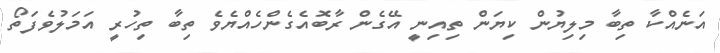
އަނެއްކާ ތިބާ މިލިޔުން ކިޔަން ތިއިނީ އޭގެން ރާބޮއެގެންހެއްޔެވެ ތިބާ ތިހުރީ އަމަލުވެފަތޯ